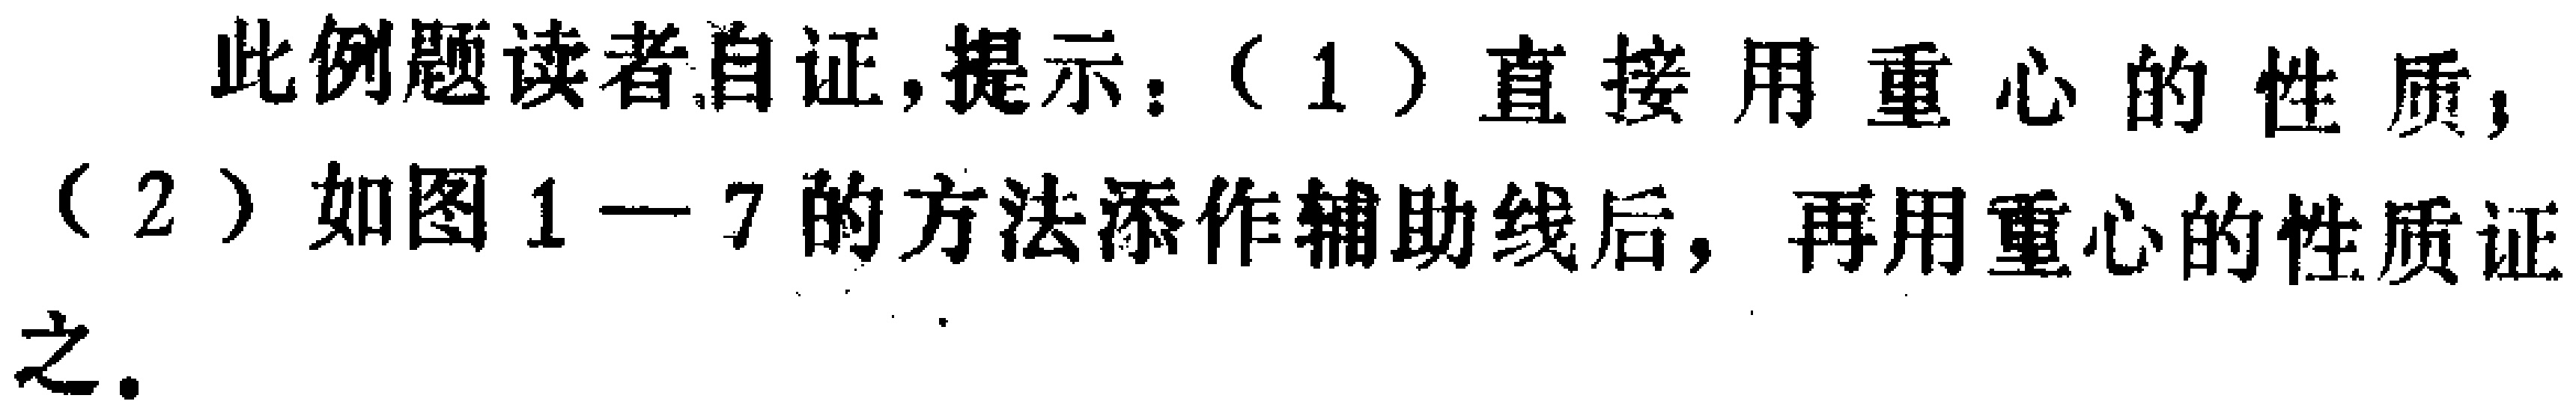
此例题读者自证,提示：（1）直接用重心的性质,（2）如图1—7的方法添作辅助线后，再用重心的性质证之.